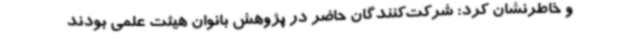
و خاطرنشان کرد: شرکت‌کنندگان حاضر در پژوهش بانوان هیئت علمی بودند